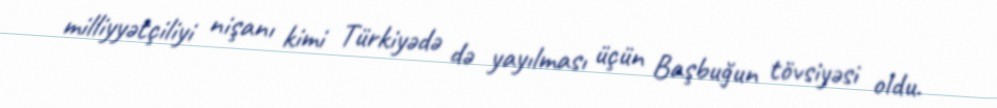
milliyyətçiliyi nişanı kimi Türkiyədə də yayılması üçün Başbuğun tövsiyəsi oldu.